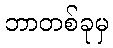
ဘာတစ်ခုမှ